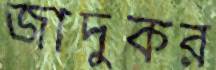
জাদুকর